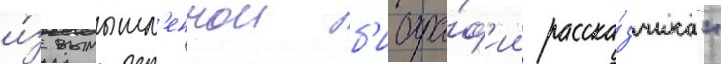
и́з вымышл'еннои б'иогра́ф'ии расска́зчика"